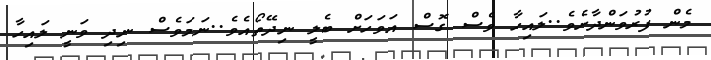
މެން ފުރުވަންދާށެވެ..ލައިހާ ވެސް ގޮސް އަވަހަށް ބެލީ ނިދޭތޯއެވެ..ނަމަވެސް ނިދި ވަނީ ލައިހާ